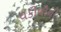
વકીલોની